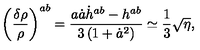
\left( \frac { \delta \rho } { \rho } \right) ^ { a b } = \frac { a \dot { a } \dot { h } ^ { a b } - h ^ { a b } } { 3 \left( 1 + \dot { a } ^ { 2 } \right) } \simeq \frac { 1 } { 3 } \sqrt { \eta } ,